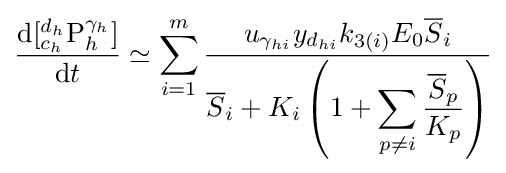
{\frac {{\mathrm {d} }[{^{d_{h}}_{c_{h}}}{\ce {P}}_{h}^{\gamma _{h}}]}{{\mathrm {d} }t}}\simeq \sum _{i=1}^{m}{\frac {u_{\gamma _{hi}}y_{d_{hi}}{k}_{3(i)}E_{0}{\overline {S}}_{i}}{{\overline {S}}_{i}+K_{i}\left(1+\displaystyle \sum _{p\neq i}{\dfrac {{\overline {S}}_{p}}{K_{p}}}\right)}}